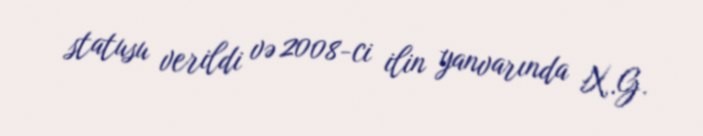
statusu verildi və 2008-ci ilin yanvarında X.G.